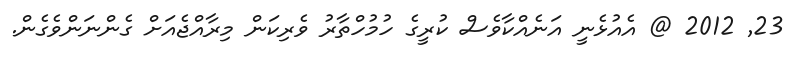
23